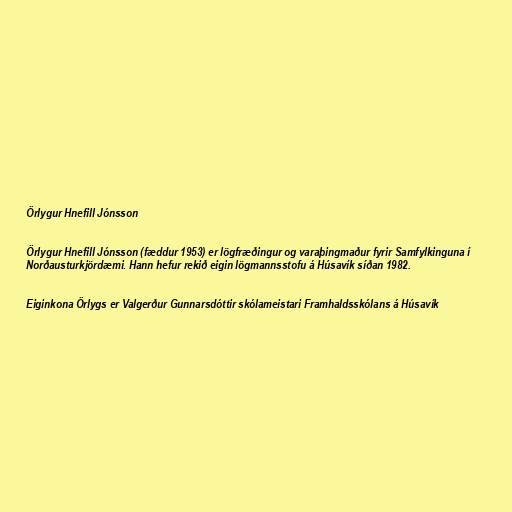
Örlygur Hnefill Jónsson

Örlygur Hnefill Jónsson (fæddur 1953) er lögfræðingur og varaþingmaður fyrir Samfylkinguna í
Norðausturkjördæmi. Hann hefur rekið eigin lögmannsstofu á Húsavík síðan 1982.

Eiginkona Örlygs er Valgerður Gunnarsdóttir skólameistari Framhaldsskólans á Húsavík